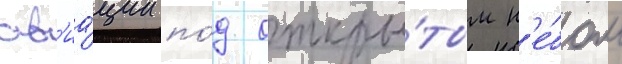
ав'иа́ции по́д откры́тым н'е́бом